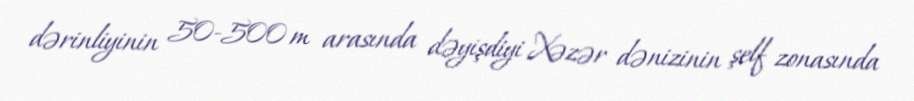
dərinliyinin 50-500 m arasında dəyişdiyi Xəzər dənizinin şelf zonasında